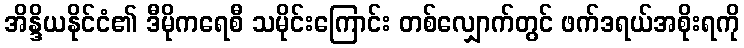
အိန္ဒိယနိုင်ငံ၏ ဒီမိုကရေစီ သမိုင်းကြောင်း တစ်လျှောက်တွင် ဖက်ဒရယ်အစိုးရကို